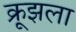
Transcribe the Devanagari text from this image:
क्रूझला